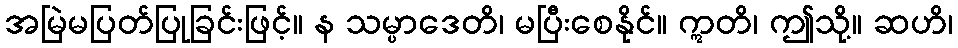
အမြဲမပြတ်ပြုခြင်းဖြင့်။ န သမ္ပာဒေတိ၊ မပြီးစေနိုင်။ ဣတိ၊ ဤသို့။ ဆဟိ၊